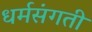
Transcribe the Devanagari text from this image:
धर्मसंगती